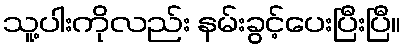
သူ့ပါးကိုလည်း နမ်းခွင့်ပေးပြီးပြီ။